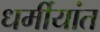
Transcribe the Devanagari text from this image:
धर्मीयांत